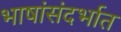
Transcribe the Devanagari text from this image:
भाषांसंदर्भात